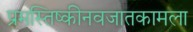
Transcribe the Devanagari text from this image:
प्रमस्तिष्कीनवजातकामला